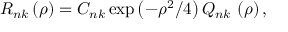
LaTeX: R _ { n k } \left( \rho \right) = C _ { n k } \exp \left( - \rho ^ { 2 } / 4 \right) Q _ { n k } \, \left( \rho \right) ,